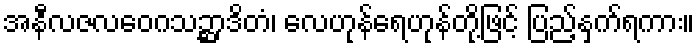
အနီလဇလဝေဂသဉ္ဆာဒိတံ၊ လေဟုန်ရေဟုန်တို့ဖြင့် ပြည့်နှက်ရကား။